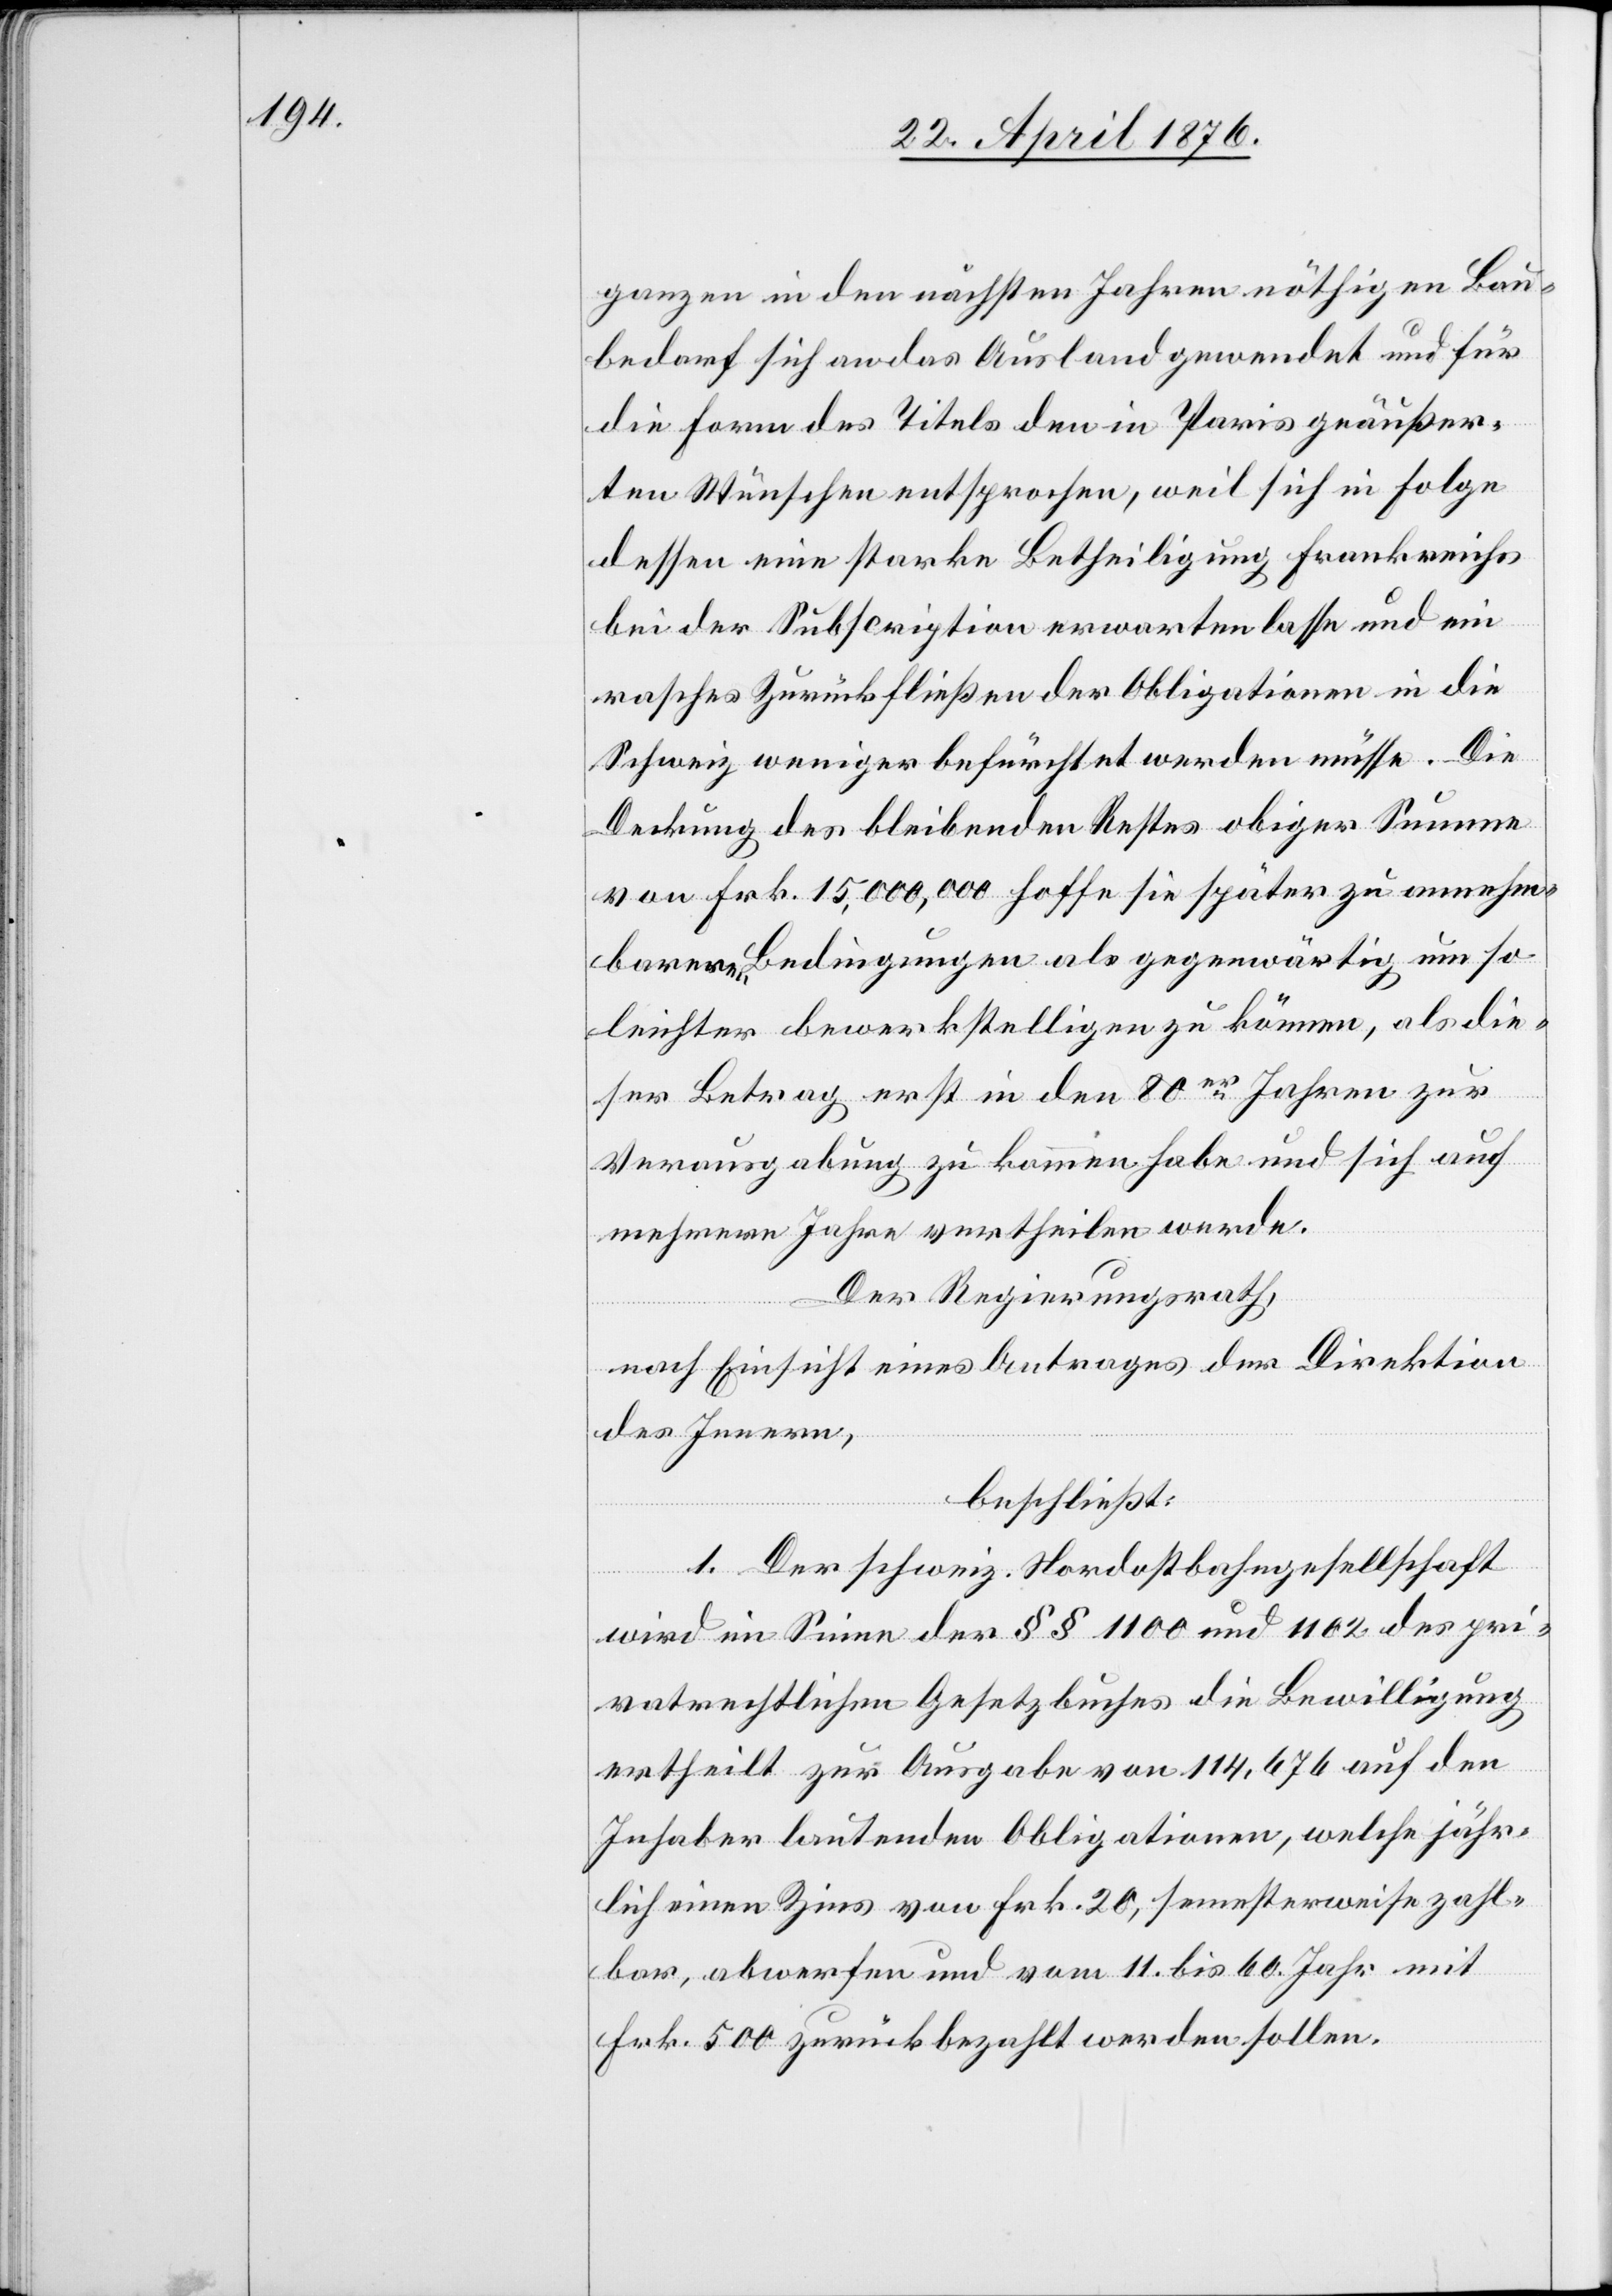
ganzen in den nächsten Jahren nöthigen Bau¬
bedarf sich an das Ausland gewendet und für
die Form des Titels den in Paris geäußer¬
ten Wünschen entsprochen, weil sich in Folge
dessen eine starke Betheiligung Frankreichs
bei der Subscription erwarten lasse und ein
rasches Zurückfließen der Obligationen in die
Schweiz weniger befürchtet werden müsse. Die
Deckung des bleibenden Restes obiger Summe
von Frk. 15,000,000 hoffe sie später zu annehm¬
barern Bedingungen als gegenwärtig um so
leichter bewerkstelligen zu können, als die¬
ser Betrag erst in den 80er Jahren zur
Verausgabung zu kommen habe und sich auf
mehrere Jahre vertheilen werde.
Der Regierungsrath,
nach Einsicht eines Antrages der Direktion
des Innern,
beschließt:
1. Der schweiz. Nordostbahngesellschaft
wird im Sinne der §§ 1100 und 1102 des pri¬
vatrechtlichen Gesetzbuches die Bewilligung
ertheilt zur Ausgabe von 114,676 auf den
Inhaber lautenden Obligationen, welche jähr¬
lich einen Zins von Frk. 20, semesterweise zahl¬
bar, abwerfen und vom 11. bis 60. Jahr mit
Frk. 500 zurückbezahlt werden sollen.